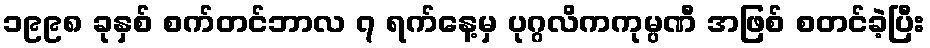
၁၉၉၈ ခုနှစ် စက်တင်ဘာလ ၇ ရက်နေ့မှ ပုဂ္ဂလိကကုမ္ပဏီ အဖြစ် စတင်ခဲ့ပြီး